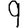
Digit: 9